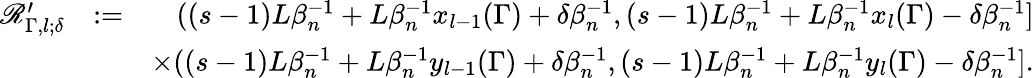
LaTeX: \begin{array}{rlr}{\mathscr{R}_{\Gamma,l;\delta}^{\prime}}&{:=}&{((s-1)L\beta_{n}^{-1}+L\beta_{n}^{-1}x_{l-1}(\Gamma)+\delta\beta_{n}^{-1},(s-1)L\beta_{n}^{-1}+L\beta_{n}^{-1}x_{l}(\Gamma)-\delta\beta_{n}^{-1}]}\\ &{}&{\times((s-1)L\beta_{n}^{-1}+L\beta_{n}^{-1}y_{l-1}(\Gamma)+\delta\beta_{n}^{-1},(s-1)L\beta_{n}^{-1}+L\beta_{n}^{-1}y_{l}(\Gamma)-\delta\beta_{n}^{-1}].}\end{array}